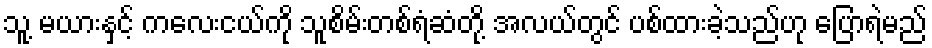
သူ့ မယားနှင့် ကလေးငယ်ကို သူစိမ်းတစ်ရံဆံတို့ အလယ်တွင် ပစ်ထားခဲ့သည်ဟု ပြောရဲမည်